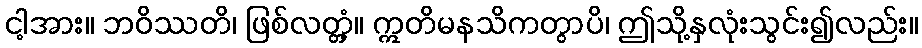
ငါ့အား။ ဘဝိဿတိ၊ ဖြစ်လတ္တံ့။ ဣတိမနသိကတွာပိ၊ ဤသို့နှလုံးသွင်း၍လည်း။